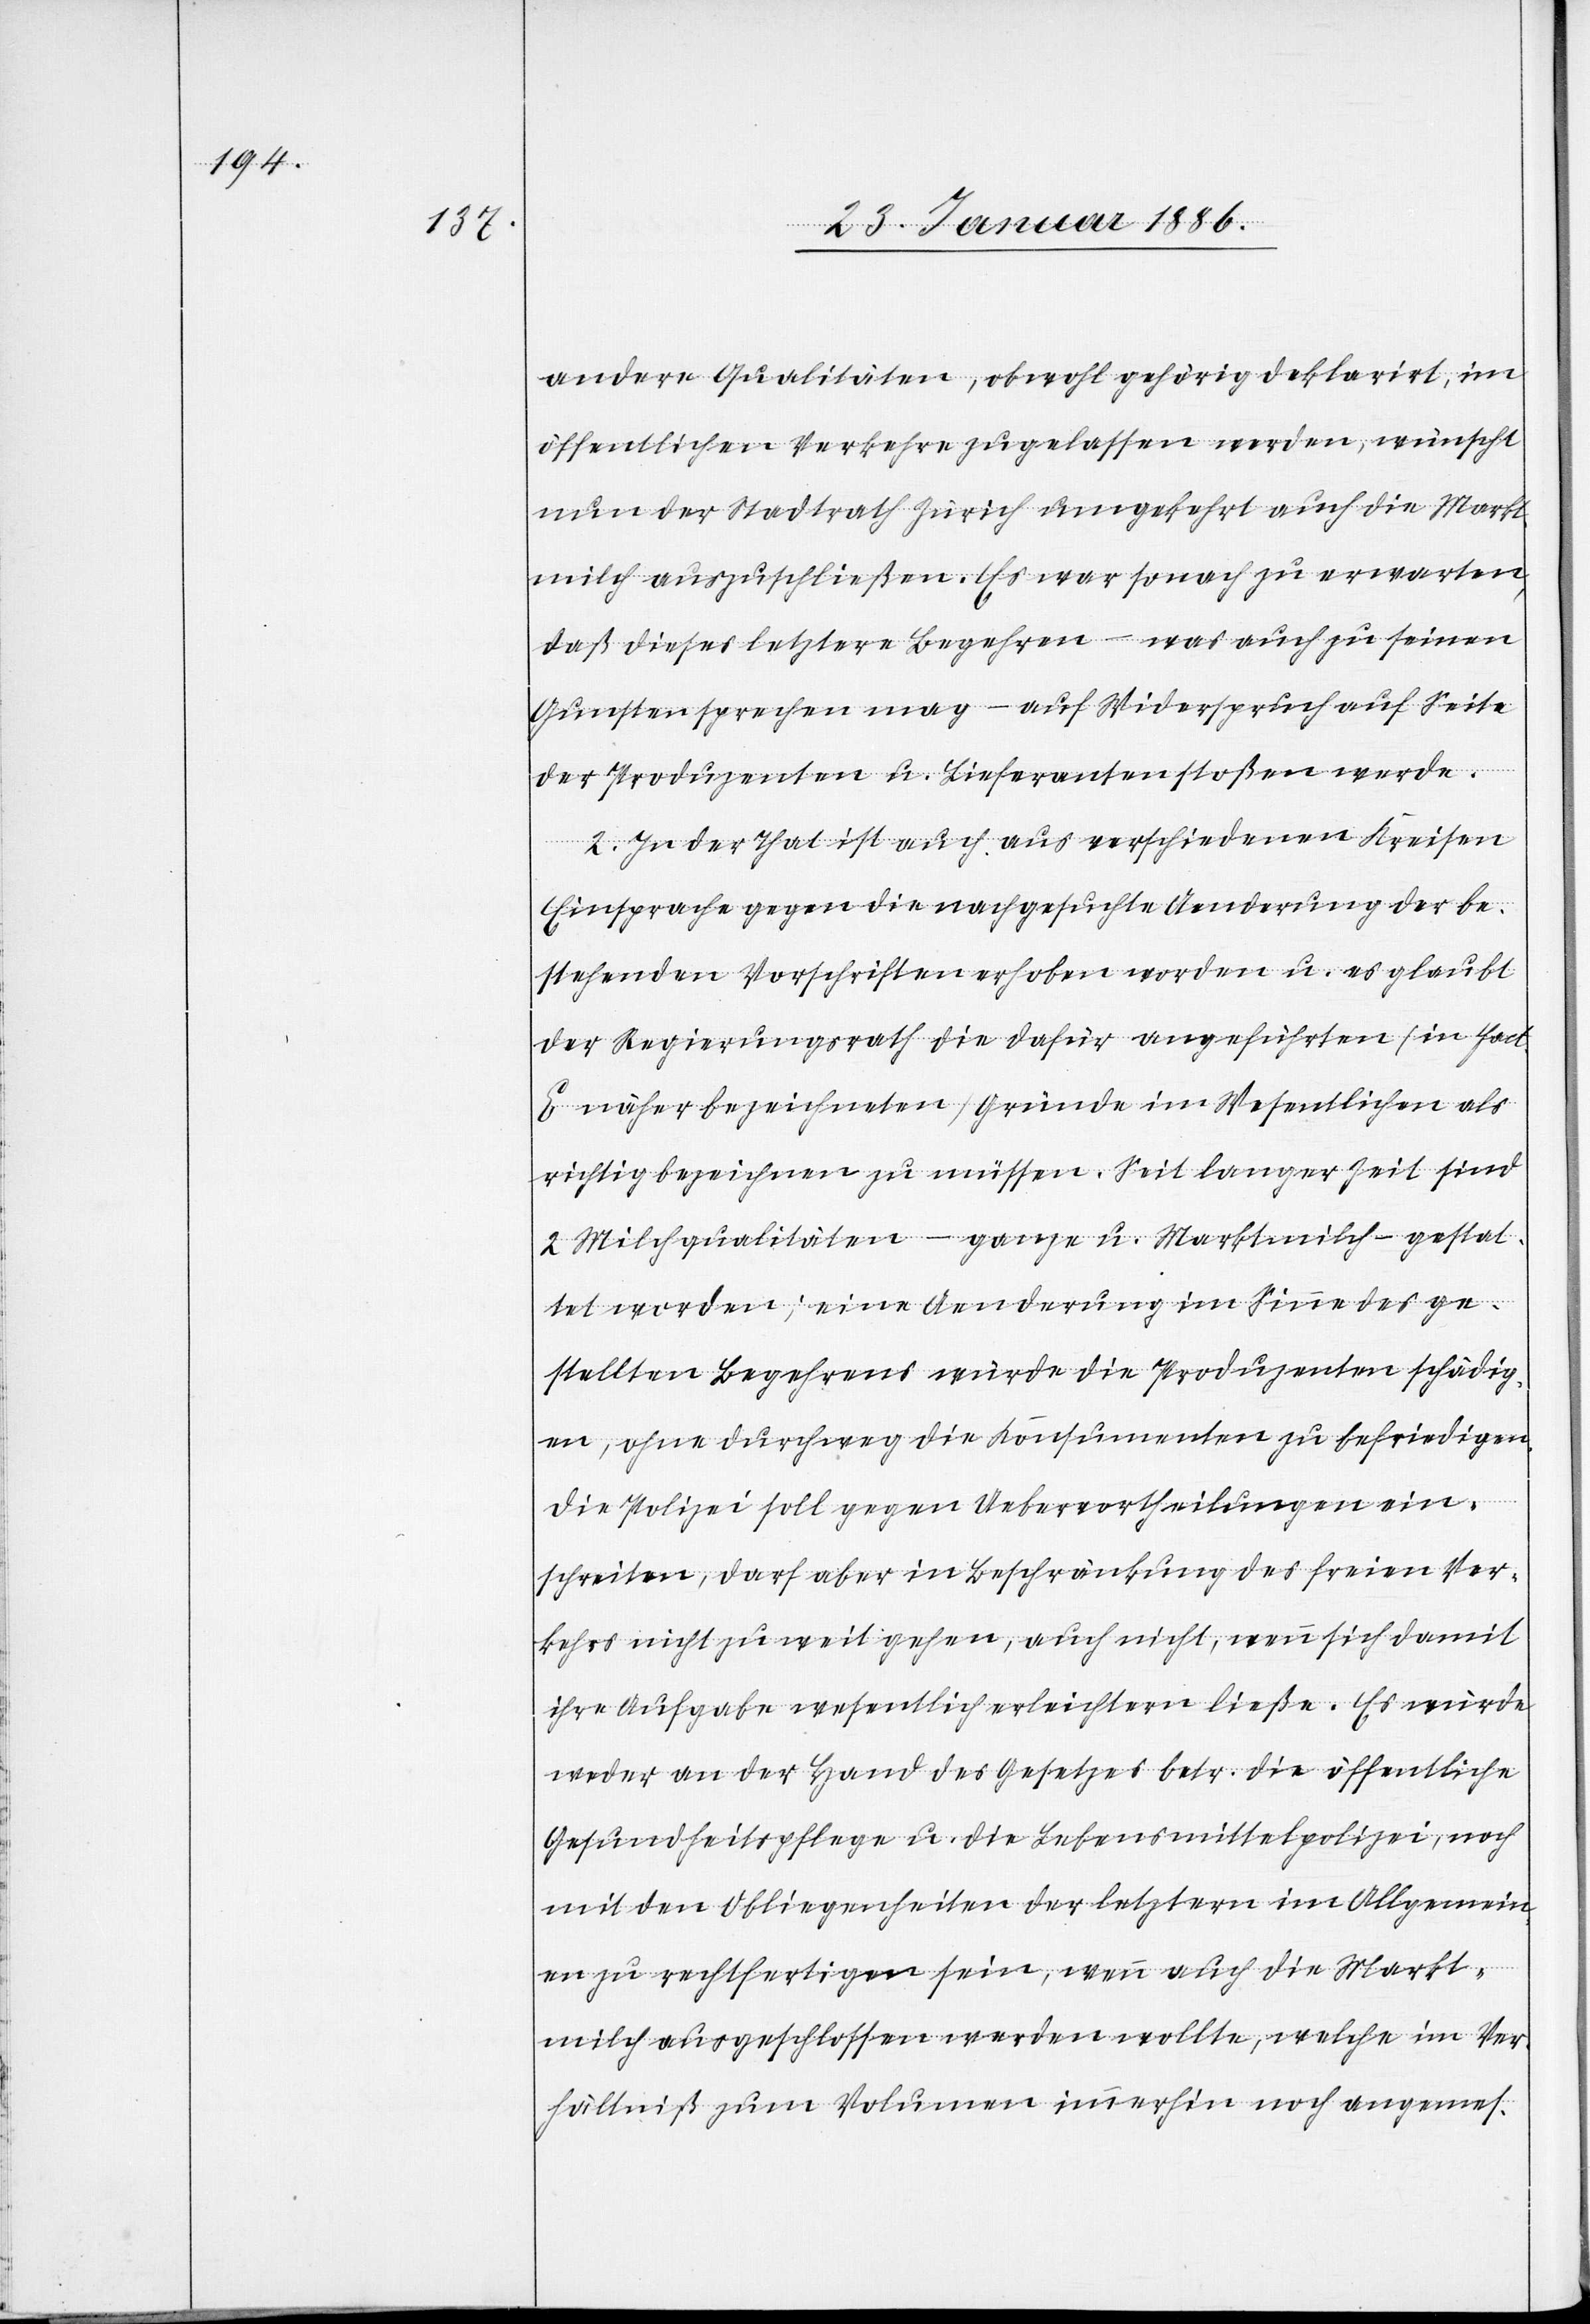
andere Qualitäten, obwohl gehörig deklarirt, im
öffentlichen Verkehre zugelassen werden, wünscht
nun der Stadtrath Zürich umgekehrt auch die Markt¬
milch auszuschließen. Es war sonach zu erwarten,
daß dieses letztere Begehren – was auch zu seinen
Gunsten sprechen mag – auf Widerspruch auf Seite
der Produzenten u. Lieferanten stoßen werde.
2. In der That ist auch aus verschiedenen Kreisen
Einsprache gegen die nachgesuchte Aenderung der be¬
stehenden Vorschriften erhoben worden u. es glaubt
der Regierungsrath die dafür angeführten (in Fact.
E näher bezeichneten) Gründe im Wesentlichen als
richtig bezeichnen zu müssen. Seit langer Zeit sind
2 Milchqualitäten – ganze u. Marktmilch – gestat¬
tet worden; eine Aenderung im Sinne des ge¬
stellten Begehrens würde die Produzenten schädig¬
en, ohne durchweg die Konsumenten zu befriedigen.
Die Polizei soll gegen Uebervortheilungen ein¬
schreiten, darf aber in Beschränkung des freien Ver¬
kehrs nicht zu weit gehen, auch nicht, wenn sich damit
ihre Aufgabe wesentlich erleichtern ließe. Es würde
weder an der Hand des Gesetzes betr. die öffentliche
Gesundheitspflege u. die Lebensmittelpolizei, noch
mit den Obliegenheiten der letztern im Allgemein¬
en zu rechtfertigen sein, wenn auch die Markt¬
milch ausgeschlossen werden wollte, welche im Ver¬
hältniß zum Volumen immerhin noch angemes-